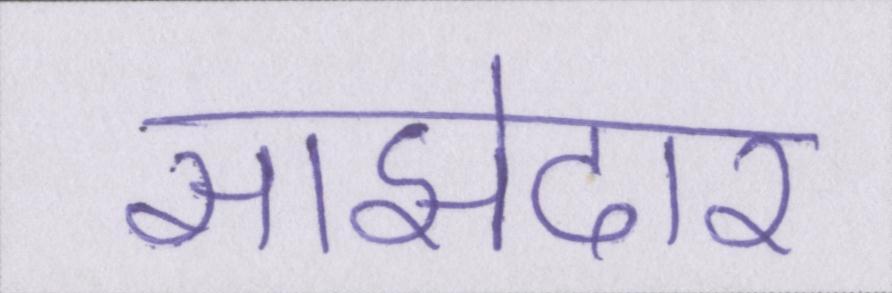
साझेदार